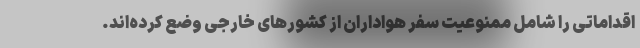
اقداماتی را شامل ممنوعیت سفر هواداران از کشورهای خارجی وضع کرده‌اند.